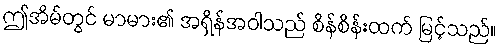
ဤအိမ်တွင် မာမား၏ အရှိန်အဝါသည် စိန်စိန်းထက် မြင့်သည်။